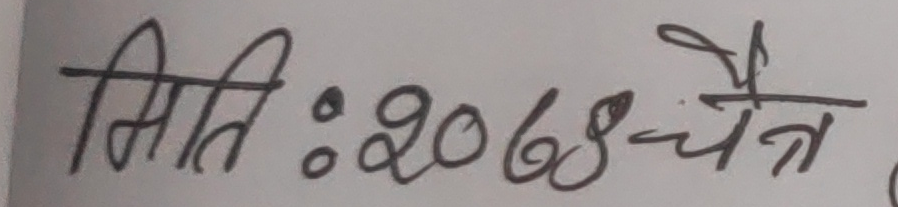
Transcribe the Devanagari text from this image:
मितिः २०७४-चैत्र